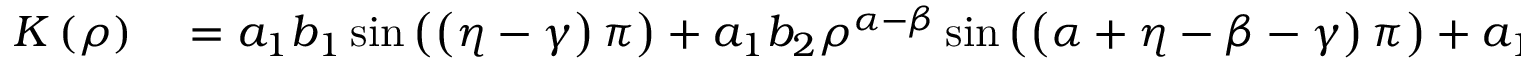
\begin{array} { r l } { K \left( \rho \right) } & { { } = a _ { 1 } b _ { 1 } \sin \left( \left( \eta - \gamma \right) \pi \right) + a _ { 1 } b _ { 2 } \rho ^ { \alpha - \beta } \sin \left( \left( \alpha + \eta - \beta - \gamma \right) \pi \right) + a _ { 1 } b _ { 3 } \rho ^ { \alpha + \gamma } \sin \left( \left( \alpha + \eta \right) \pi \right) } \end{array}